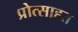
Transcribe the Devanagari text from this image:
प्रोत्साहत